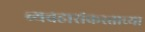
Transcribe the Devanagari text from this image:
व्यवहारांकरताच्या